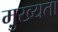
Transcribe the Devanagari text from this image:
मु़ख्यता